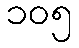
၁၀၅